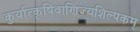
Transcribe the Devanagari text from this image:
कुर्यात्कृषिवाणिज्यशिल्पकम्